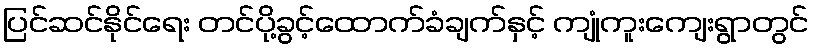
ပြင်ဆင်နိုင်ရေး တင်ပို့ခွင့်ထောက်ခံချက်နှင့် ကျုံကူးကျေးရွာတွင်